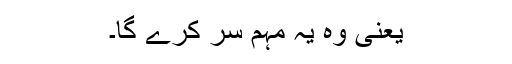
یعنی وہ یہ مہم سر کرے گا۔